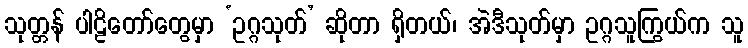
သုတ္တန် ပါဠိတော်တွေမှာ ‘ဥဂ္ဂသုတ်’ ဆိုတာ ရှိတယ်၊ အဲဒီသုတ်မှာ ဥဂ္ဂသူကြွယ်က သူ